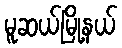
မူဆယ်မြို့နယ်